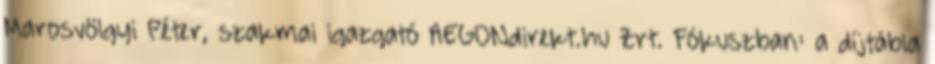
Marosvölgyi Péter, szakmai igazgató AEGONdirekt.hu Zrt. Fókuszban: a díjtábla